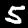
Label: 5